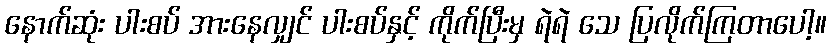
နောက်ဆုံး ပါးစပ် အားနေလျှင် ပါးစပ်နှင့် ကိုက်ပြီးမှ ရဲရဲ သေ ပြလိုက်ကြတာပေါ့။